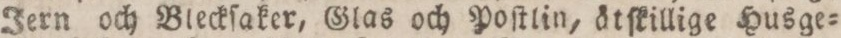
Jern och Bleckſaker, Glas och Poſtlin, åtſkillige Husge=